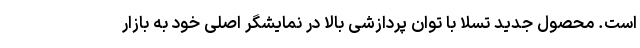
است. محصول جدید تسلا با توان پردازشی بالا در نمایشگر اصلی خود به بازار